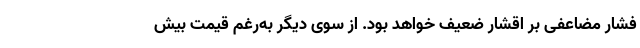
فشار مضاعفی بر اقشار ضعیف خواهد بود. از سوی دیگر به‌رغم قیمت‌ بیش